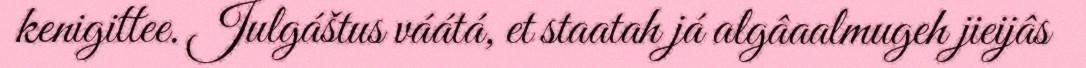
kenigittee. Julgáštus váátá, et staatah já algâaalmugeh jieijâs